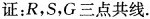
证：R，S，G三点共线。